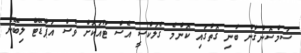
ސަމްސޮންގުން ބުނި ގޮތުގައި ކޮންމެ ގެލަކްސީ އެސް ޓޫއަކަށް ވެސް އަޕްޑޭޓް ލިބޭނެ